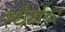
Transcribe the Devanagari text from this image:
स्थैर्यावर